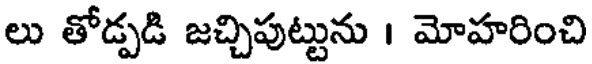
లు తోడ్పడి జచ్చిపుట్టును । మోహరించి